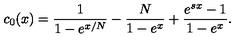
c _ { 0 } ( x ) = \frac { 1 } { 1 - e ^ { x / N } } - \frac { N } { 1 - e ^ { x } } + \frac { e ^ { s x } - 1 } { 1 - e ^ { x } } .